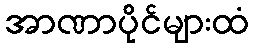
အာဏာပိုင်များထံ